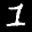
Label: 1